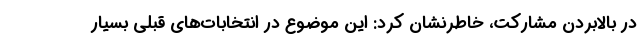
در بالابردن مشارکت، خاطرنشان کرد: این موضوع در انتخابات‌های قبلی بسیار